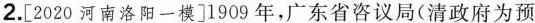
2.[2020河南洛阳一模]1909年，广东省咨议局(清政府为预